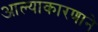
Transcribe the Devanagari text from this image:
आल्याकारणाने